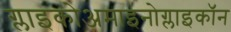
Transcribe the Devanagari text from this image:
ग्लाइकोअमाइनोग्लाइकॉन